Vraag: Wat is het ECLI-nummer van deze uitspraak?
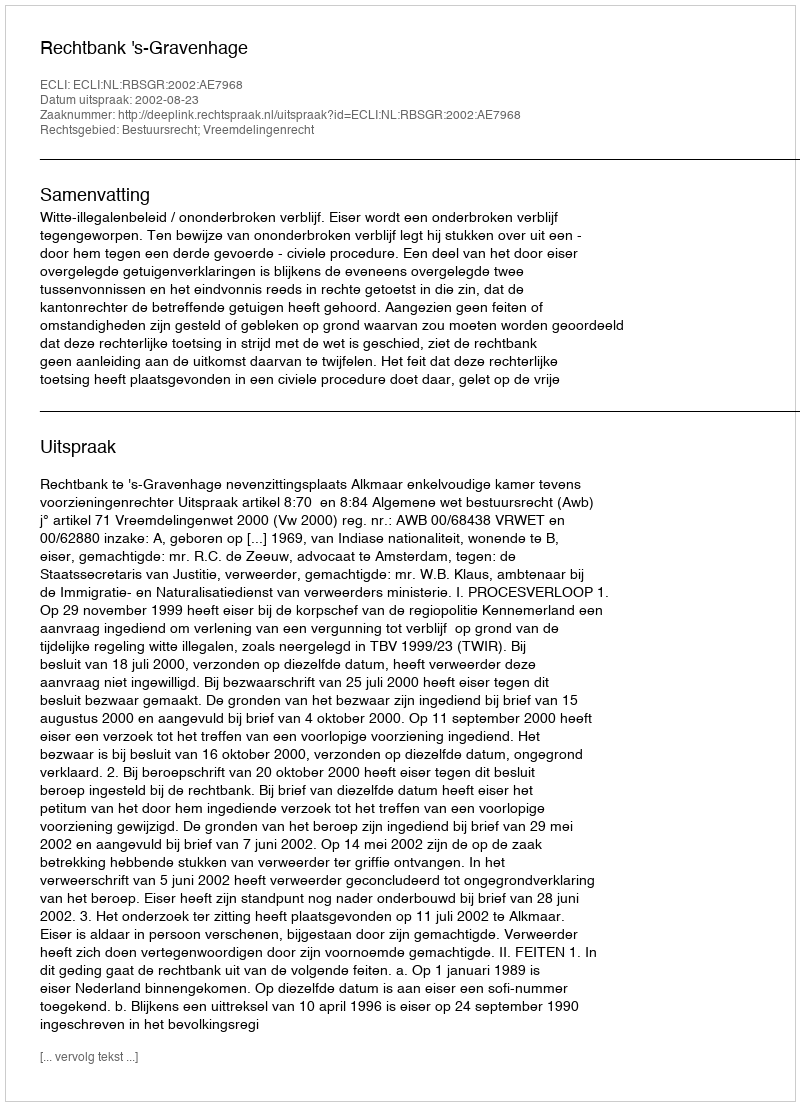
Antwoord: ECLI:NL:RBSGR:2002:AE7968